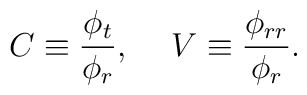
C\equiv\frac{\phi_t}{\phi_r},\hspace*{5mm}V\equiv\frac{\phi_{rr}}{\phi_r}.